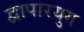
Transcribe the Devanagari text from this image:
द्वापारयुग